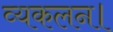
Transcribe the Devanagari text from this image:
व्यकलन।